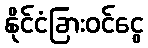
နိုင်ငံခြားဝင်ငွေ